Source: Handwritten
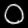
Digit: ၀ (0)